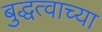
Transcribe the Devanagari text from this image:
बुद्धत्वाच्या